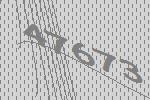
47673